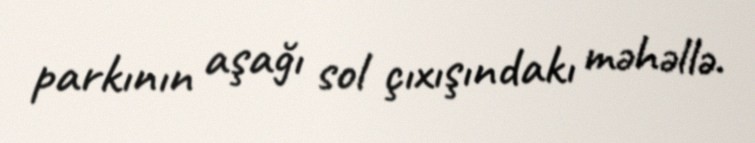
parkının aşağı sol çıxışındakı məhəllə.